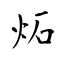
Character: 炻